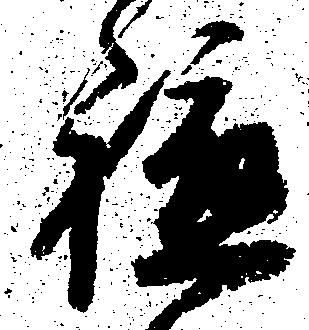
軈